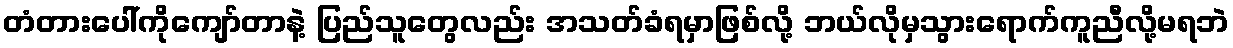
တံတားပေါ်ကိုကျော်တာနဲ့ ပြည်သူတွေလည်း အသတ်ခံရမှာဖြစ်လို့ ဘယ်လိုမှသွားရောက်ကူညီလို့မရဘဲ